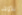
للأولاد